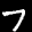
Label: 7